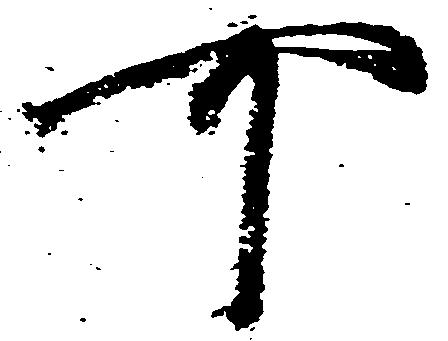
可